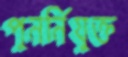
পুনর্নিযুক্ত